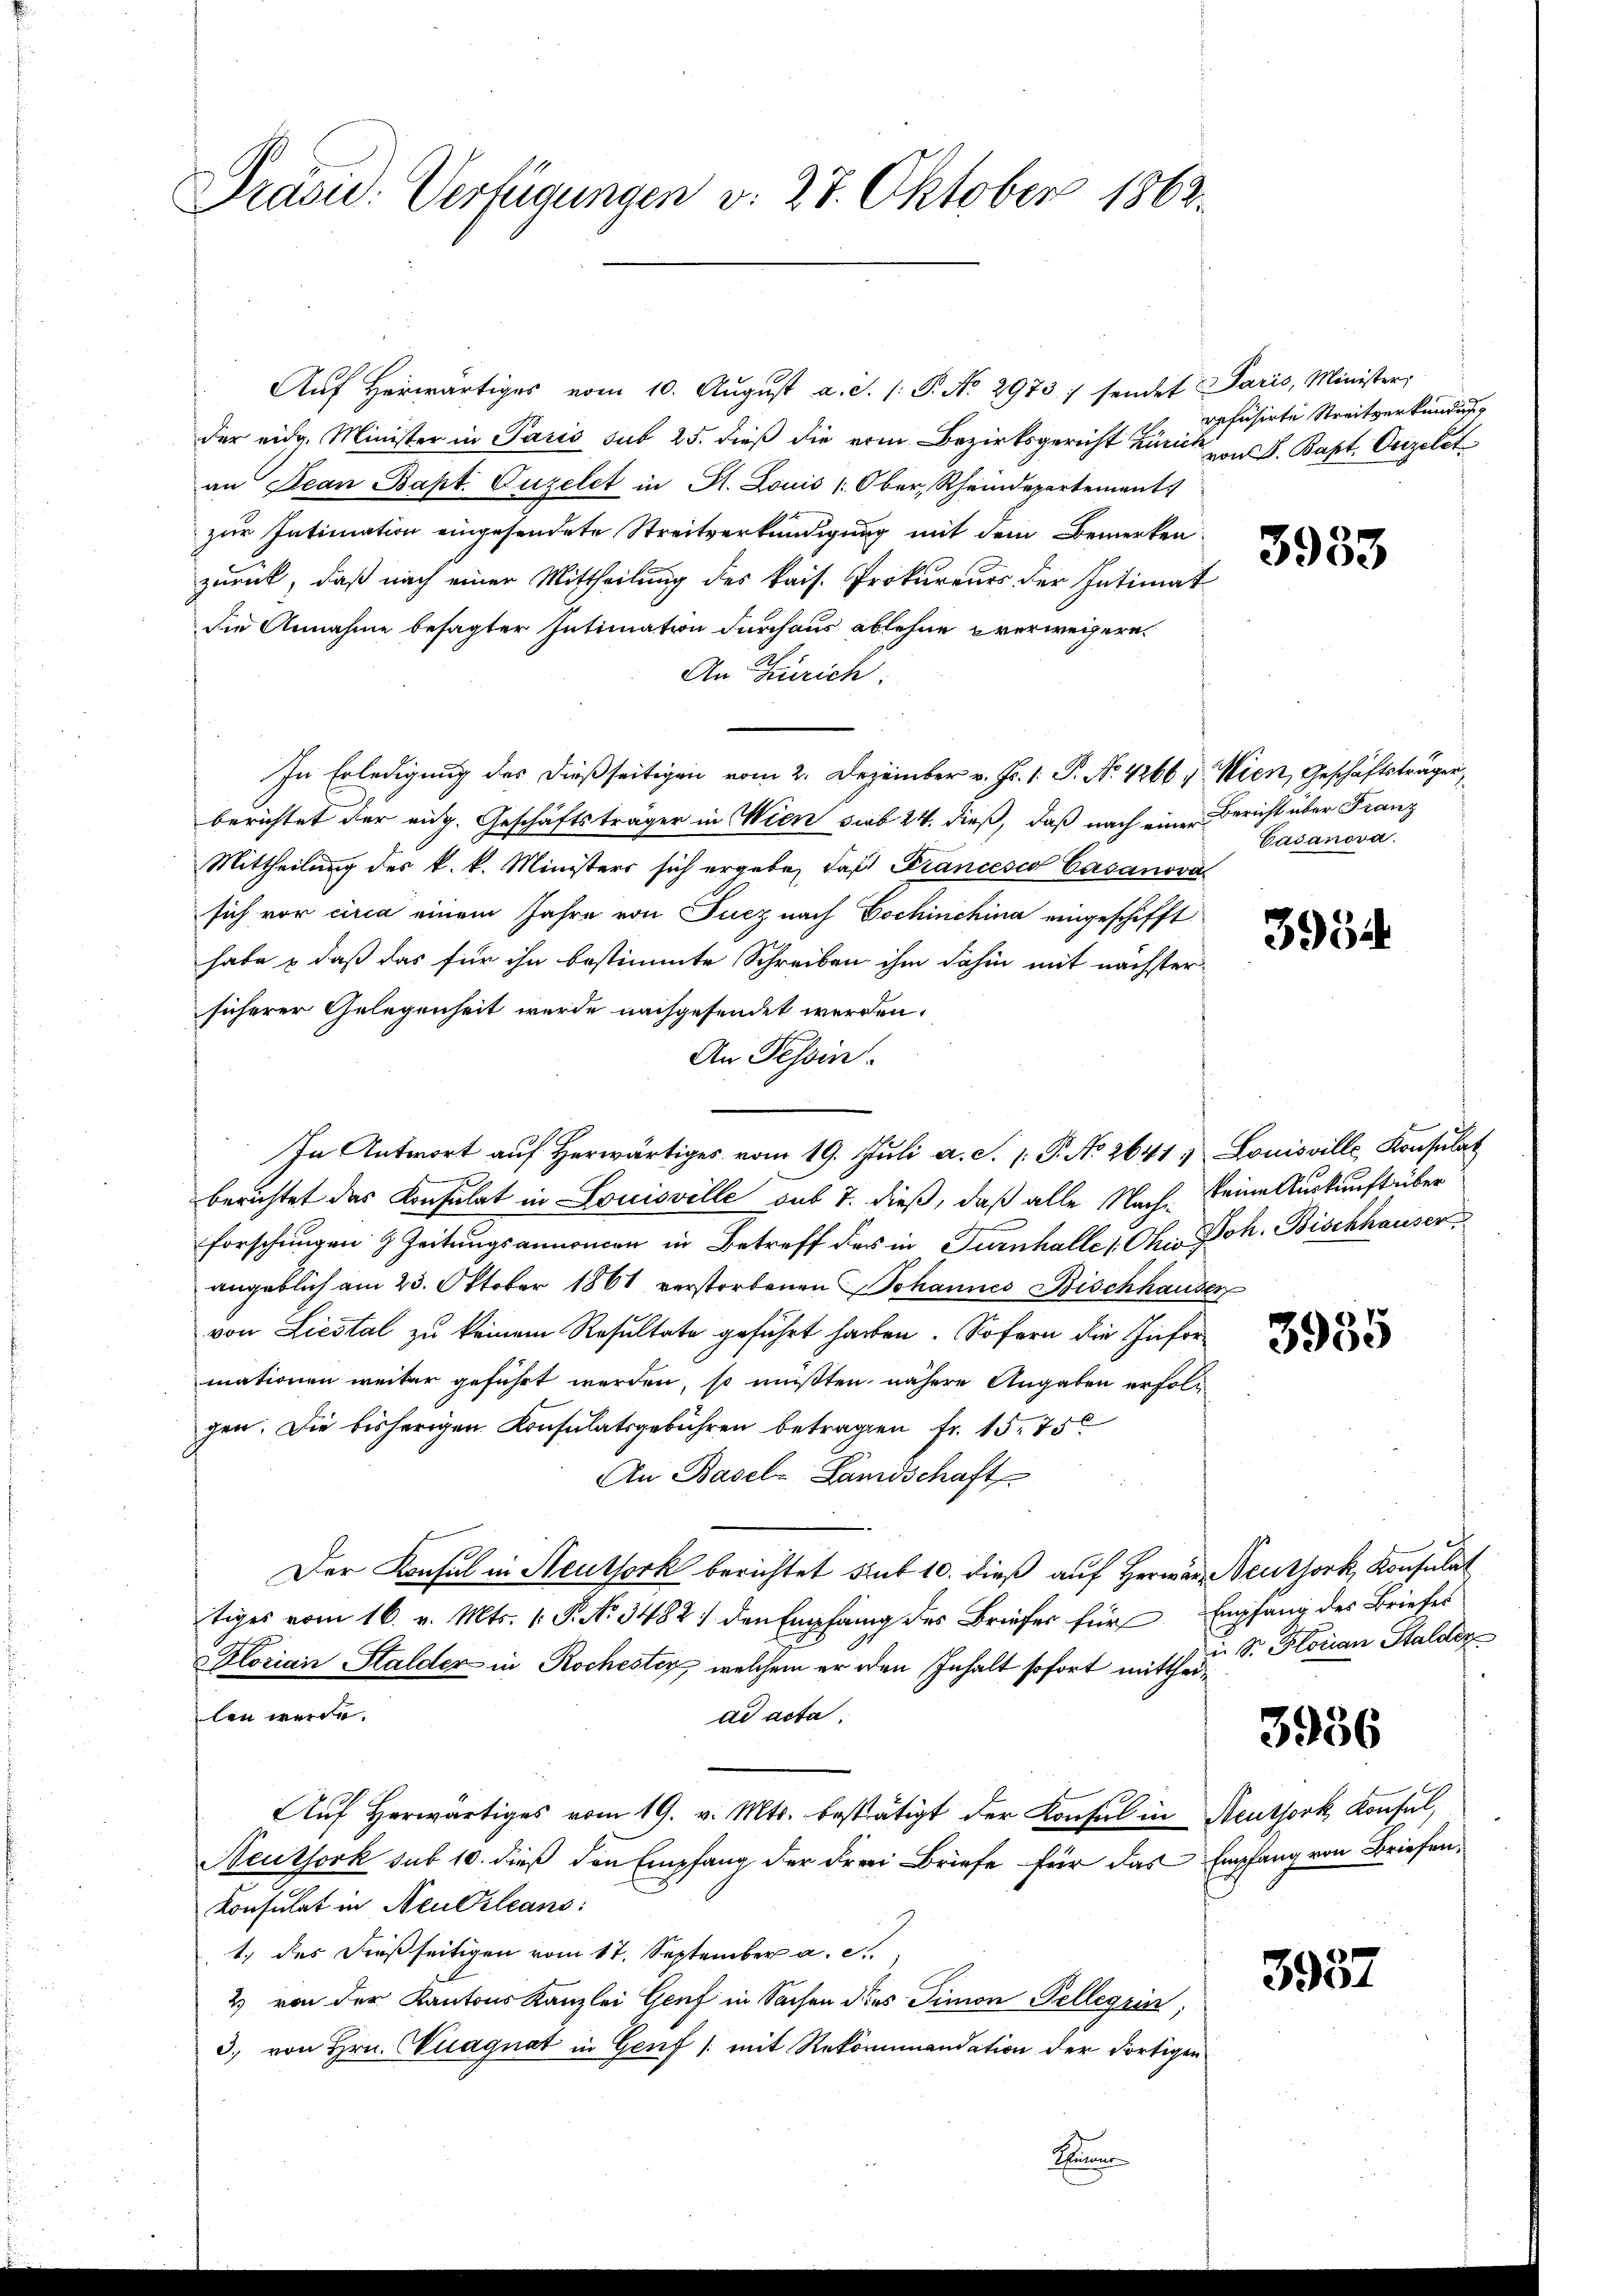
Präsid. Verfügungen v. 28. Oktober 1862.

Aŭf herwärtiges vom 10. Aŭgŭst a. S. 1: P. No. 2973: sendet Paris, Minister
der eidg. Minister in Paris sub 25. dieß die vom Bezirksgericht Züric
an Jean Bapt. Guzelet in St. Louis (Ober, Rheindepartements
zur Intimation eingesendete Streitverkündigung mit dem Bemerken
zurück, daß nach einer Mittheilung des kais. Prokureurs der Intimat
die Annahme besagter Intimation durchaus ablehne verweisern.
An Zürich.
In Erledigung des dießseitigen vom 2. Dezember v. Js. 1. P. Nr. 4266, Wien, Geschäftsträger
berichtet der aug. Geschäftsträger in Wien sub 24. dieß, daß nach eine Bericht über Franz
Mittheilung des k. k. Ministers sich ergebe, daß Francesco Casanova
sich vor circa einem Jahre von Fucz nach Bochinchina eingeschifft
habe & daß das für ihn bestimmte Schreiben ihm dahin mit nächster
sicherer Gelegenheit wurde nachgesendet werden.
An Tessin.
In Antwort auf Herwärtiges vom 19. Juli a. S. 1. P. No 2641. Louisville Konsulat
berichtet das Konsulat in Louisville sub 7. dieß, daß alle Nach keine Auskunft über
Forschungen Zeitungsannoncen in Betreff des in Turnhaller Chis Joh. Bischhauser
angeblich am 23. Oktober 1861 verstorbenen Johannes Bischhausen
von Liestal zu keinem Resultate geführt hatten. Sofern die Informationen weiter geführt werden, so müßten nähere Angaben erfolgen. Die bisherigen Konsulatsgebühren betragen fr. 15. 750
An Basel-Landschaft
Der Konsul in Neuthork berichtet sint 10. dieß auf Herrer Seuthork, Konsulat
tiges vom 16. v. Mts. 1. P. No. 3482 / den Empfang des Briefer für
Florian Stalder in Rochester, welchem er den Inhalt sofort mittheilen werde.
ad acta
Aŭf herwärtiges vom 19. v. Mts. bestätigt der Konsul in Neuthork, Konsul
Neuthork sub 10. dieß den Empfang der Frei Briefe für das Empfang von Briefen,
Konsulat in Neuerleans
1.) des dießseitigen vom 17. September a. c.
2) von der Kantons Kanzlei Genf in Sachen dies Simon Pellegiin;
3. von Hrn. Wuagnat in Genf /: mit Rekommandation der dortigen

refüsirte Streitverkundung
von S. Bapt. Verzelit

3933

Casanova

3954

3955

Empfang des Briefes
in Dr. Florian Stalden

3936

3937